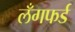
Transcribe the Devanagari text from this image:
लँगफर्ड